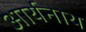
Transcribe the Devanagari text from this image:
आर्यनाथ